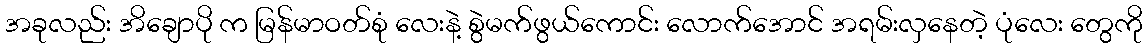
အခုလည်း အိချောပို က မြန်မာဝတ်စုံ လေးနဲ့ စွဲမက်ဖွယ်ကောင်း လောက်အောင် အရမ်းလှနေတဲ့ ပုံလေး တွေကို